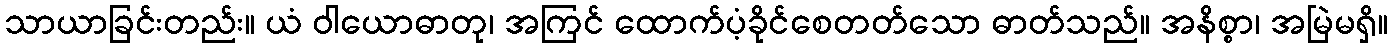
သာယာခြင်းတည်း။ ယံ ဝါယောဓာတု၊ အကြင် ထောက်ပံ့ခိုင်စေတတ်သော ဓာတ်သည်။ အနိစ္စာ၊ အမြဲမရှိ။